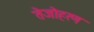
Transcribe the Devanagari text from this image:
तेजोहरण